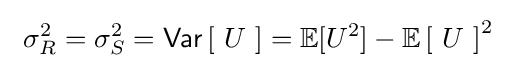
\ \sigma _{R}^{2}=\sigma _{S}^{2}=\operatorname {\mathsf {Var}} \left[\ U\ \right]=\operatorname {\mathbb {E} } [U^{2}]-\operatorname {\mathbb {E} } \left[\ U\ \right]^{2}\